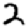
Digit: 2